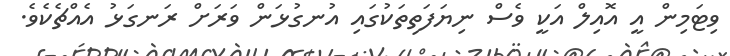
ވިޓަމިން އީ އޮއިލް އަކީ ވެސް ނިޔަފަތިތަކުގައި އުނގުޅަން ވަރަށް ރަނގަޅު އެއްޗެކެވެ.